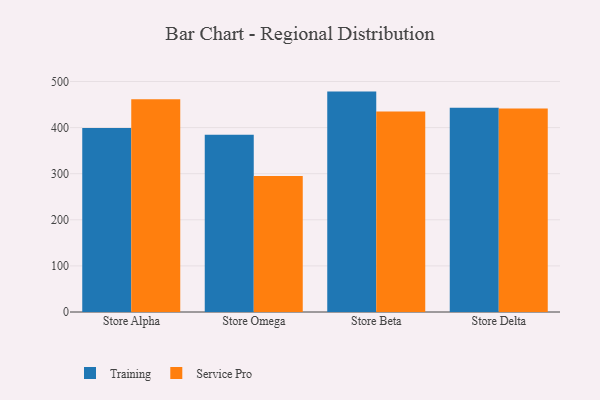
{"axis": {"x": "Store", "y": "Tickets Resolved"}, "legend": ["Service Pro", "Training"], "data": [{"x": "Store Alpha", "y": 399.0, "type": "Training"}, {"x": "Store Alpha", "y": 461.6, "type": "Service Pro"}, {"x": "Store Omega", "y": 384.3, "type": "Training"}, {"x": "Store Omega", "y": 294.9, "type": "Service Pro"}, {"x": "Store Beta", "y": 478.1, "type": "Training"}, {"x": "Store Beta", "y": 434.8, "type": "Service Pro"}, {"x": "Store Delta", "y": 443.2, "type": "Training"}, {"x": "Store Delta", "y": 441.5, "type": "Service Pro"}]}